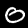
Digit: 0